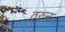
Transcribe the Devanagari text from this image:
ठरुन